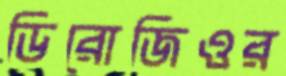
ডিরোজিওর